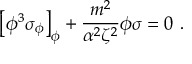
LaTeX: \left[ \phi ^ { 3 } \sigma _ { \phi } \right] _ { \phi } + { \frac { m ^ { 2 } } { \alpha ^ { 2 } \zeta ^ { 2 } } } \phi \sigma = 0 ~ .